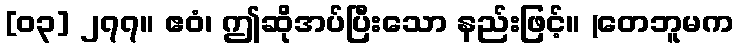
[၀၃] ၂၇၇။ ဧဝံ၊ ဤဆိုအပ်ပြီးသော နည်းဖြင့်။ (တေဘူမက